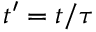
t ^ { \prime } = t / \tau